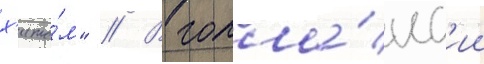
х'ито́м" // В голла́нд'ии